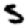
Digit: 5